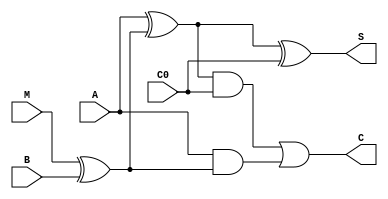
module ADDER(A,B,M,C0,S,C);

input A,B,C0,M;
output S,C;
wire n0,a0,b0,d0;
xor(n0,M,B);
xor A0(a0,A,n0);
xor S0(S,a0,C0);
and B0(b0,a0,C0);
and D0(d0,A,n0);
or C1(C,b0,d0);

endmodule

module ADDER64(A,B,S,OF);

input signed [63:0] A;
input signed [63:0] B;
output signed [63:0] S;
wire [64:0] C;
output OF;

assign C[0] = 1'b0;

genvar i;

  generate
    for (i = 0; i < 64; i = i + 1) 
    begin 
      ADDER Ad(A[i],B[i],C[0],C[i],S[i],C[i+1]);
    end
  endgenerate

xor X1(OF,C[64],C[63]);

endmodule

module SUBTRACTOR64(A,B,S,OF);

input signed [63:0] A;
input signed [63:0] B;
output signed [63:0] S;
wire [64:0] C;
output OF;

assign C[0] = 1'b1;

genvar i;

  generate
    for (i = 0; i < 64; i = i + 1) 
    begin : Adder
      ADDER Ad(A[i],B[i],C[0],C[i],S[i],C[i+1]);
    end
  endgenerate

xor X1(OF,C[64],C[63]);

endmodule

module AND64(A,B,S);

input [63:0] A;
input [63:0] B;
output [63:0] S;

genvar i;

  generate
    for (i = 0; i < 64; i = i + 1) 
    begin : AND_Gate
      and A1(S[i],A[i],B[i]);
    end
  endgenerate

endmodule

module XOR64(A,B,O);

input [63:0] A;
input [63:0] B;
output [63:0] O;

genvar i;

  generate
    for (i = 0; i < 64; i = i + 1) 
    begin : XOR_Gate
      xor A1(O[i],A[i],B[i]);
    end
  endgenerate

endmodule